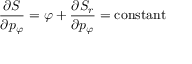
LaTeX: { \frac { \partial S } { \partial p _ { \varphi } } } = \varphi + { \frac { \partial S _ { r } } { \partial p _ { \varphi } } } = \mathrm { c o n s t a n t }